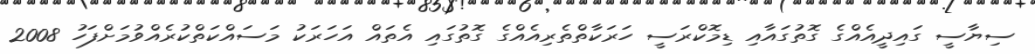
ސިޔާސީ ގައިދީއެއްގެ ގޮތުގައާއި ޑިމޮކްރަސީ ހަރަކާތްތެރިއެއްގެ ގޮތުގައި އެތައް އަހަރަކު މަސައްކަތްކުރެއްވުމަށްފަހު 2008